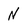
Character: N